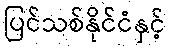
ပြင်သစ်နိုင်ငံနှင့်